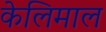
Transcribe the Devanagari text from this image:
केलिमाल